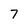
Character: 7